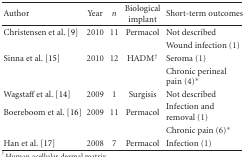
| Author | Year | n | Biological implant | Short-term outcomes |
 | --- | --- | --- | --- | --- |
 | Christensen et al. [9] | 2010 | 11 | Permacol | Not described |
 |  |  |  |  | Wound infection (1) |
 | Sinna et al. [15] | 2010 | 12 | HADM† | Seroma (1) |
 |  |  |  |  | Chronic perineal pain (4)* |
 | Wagstaff et al. [14] | 2009 | 1 | Surgisis | Not described |
 | Boereboom et al. [16] | 2009 | 11 | Permacol | Infection and removal (1) |
 |  |  |  |  | Chronic pain (6)* |
 | Han et al. [17] | 2008 | 7 | Permacol | Infection (1) |